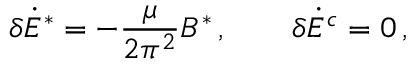
\delta \dot { E } ^ { * } = - \frac { \mu } { 2 \pi ^ { 2 } } B ^ { * } \, , \qquad \delta \dot { E } ^ { c } = 0 \, ,